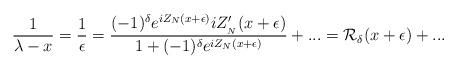
LaTeX: \begin{align*}\displaystyle\frac{1}{\lambda -x}=\displaystyle\frac{1}{\epsilon }=\displaystyle\frac{(-1)^{\delta }e^{iZ_{N}(x+\epsilon )}iZ'_{_{N}}(x+\epsilon )}{1+(-1)^{\delta }e^{iZ_{N}(x+\epsilon )}}+...={\cal R}_{\delta }(x+\epsilon )+...\end{align*}